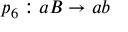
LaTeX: p _ { 6 } : a B \rightarrow a b